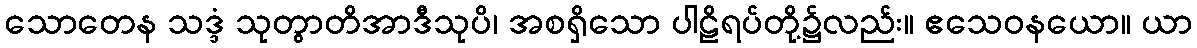
သောတေန သဒ္ဒံ သုတွာတိအာဒီသုပိ၊ အစရှိသော ပါဠိရပ်တို့၌လည်း။ ဧသေဝနယော။ ယာ